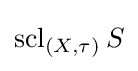
\operatorname {scl} _{(X,\tau )}S